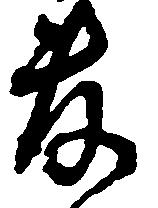
敷